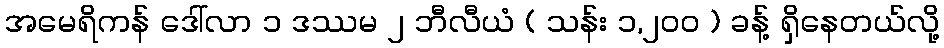
အမေရိကန် ဒေါ်လာ ၁ ဒဿမ ၂ ဘီလီယံ ( သန်း ၁,၂၀၀ ) ခန့် ရှိနေတယ်လို့